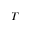
T